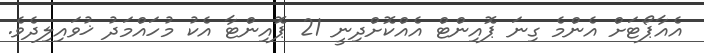
އެއާޕޯޓަށް އެންމެ ގިނަ ޕޮއިންޓް އެއްކޮށްދިނީ 21 ޕޮއިންޓާ އެކު މުހައްމަދު ޚުވައިލިދެވެ.